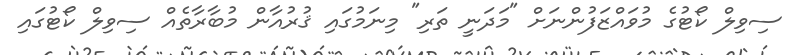
ސިވިލް ކޯޓުގެ މުވައްޒަފުންނަށް "މަދަނީ ތަރި" މިނަމުގައި ޤުރުއާން މުބާރާތެއް ސިވިލް ކޯޓުގައި